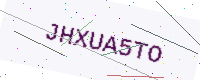
Text: JHXUA5TO